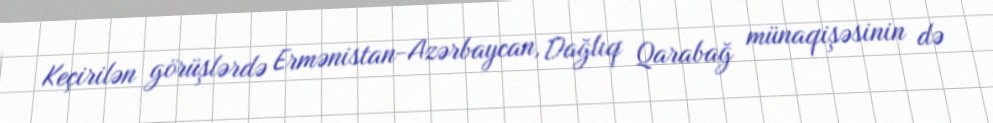
Keçirilən görüşlərdə Ermənistan-Azərbaycan, Dağlıq Qarabağ münaqişəsinin də